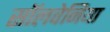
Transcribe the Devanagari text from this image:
सॉलवेनिया